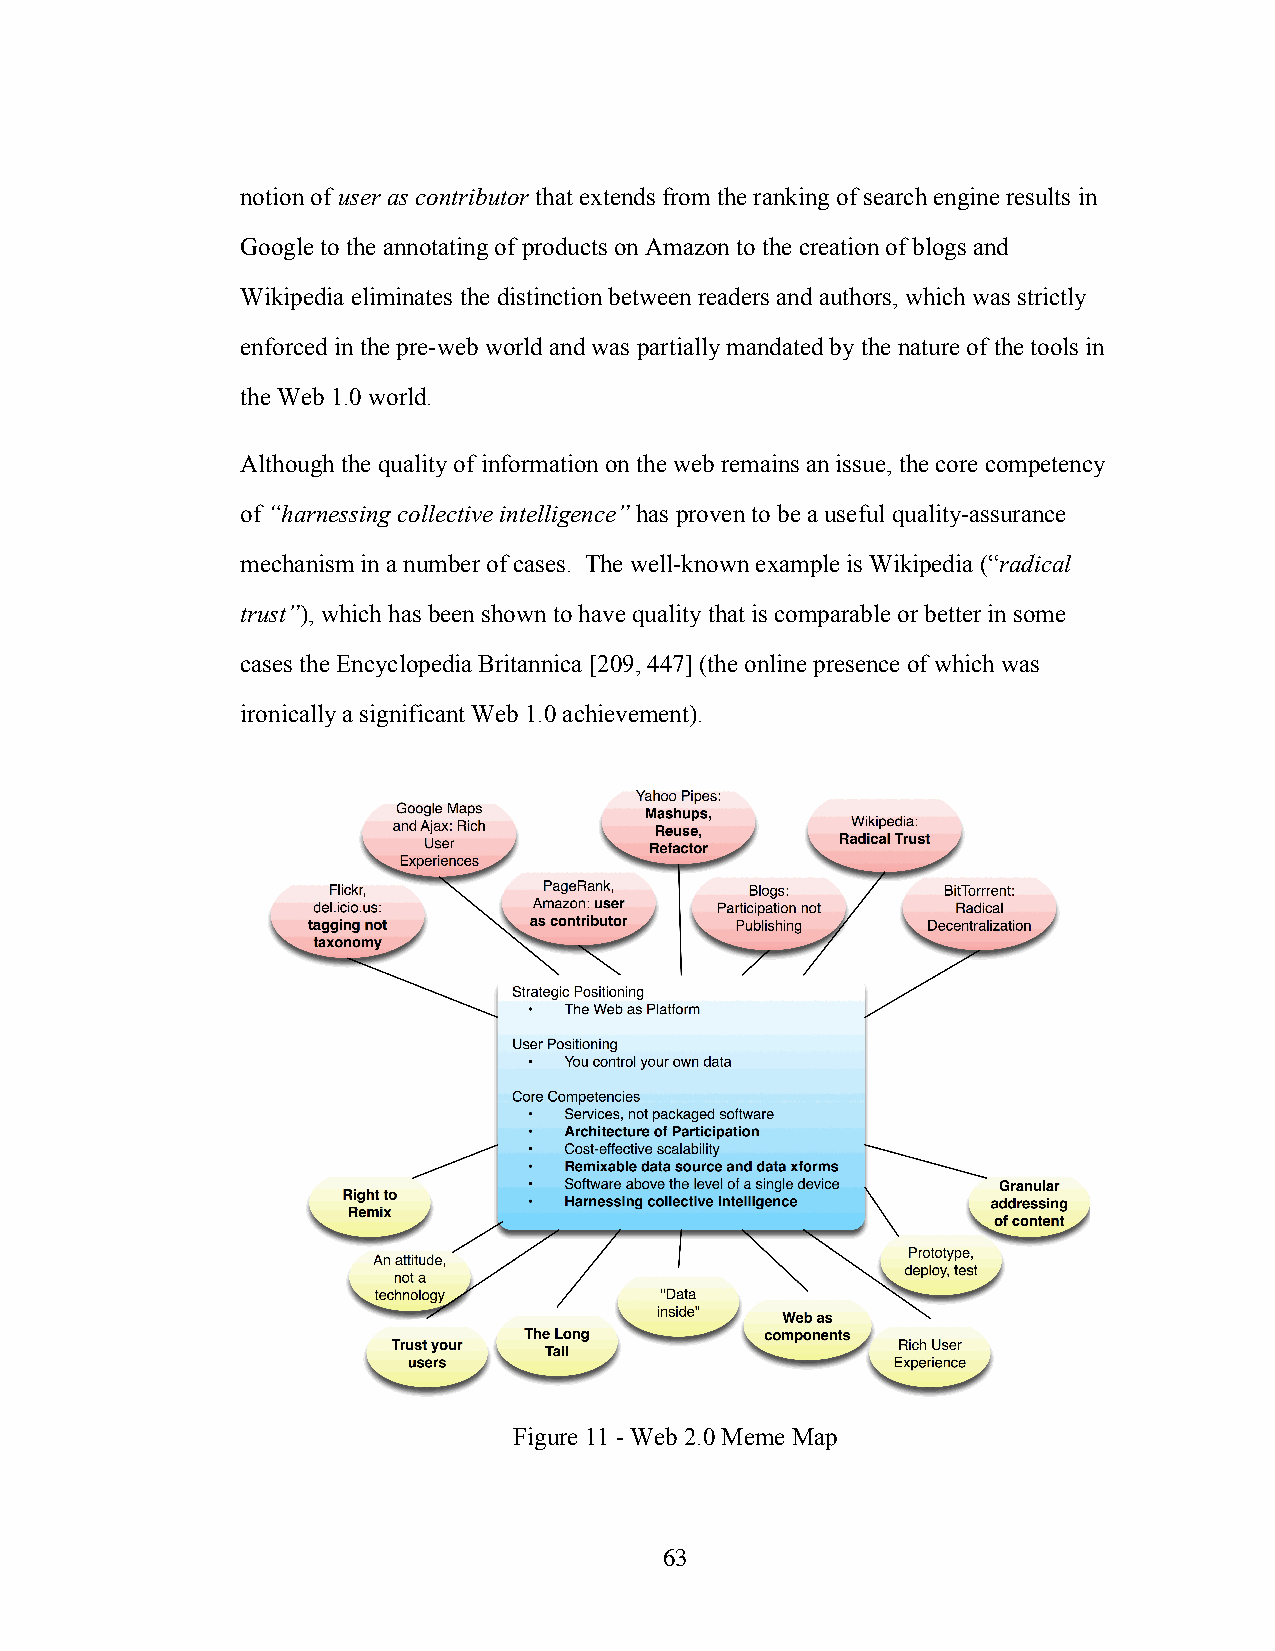
notion of user as contributor that extends from the ranking of search engine results in
 Google to the annotating of products on Amazon to the creation of blogs and
 Wikipedia eliminates the distinction between readers and authors, which was strictly
 enforced in the pre-web world and was partially mandated by the nature of the tools in
 the Web 1.0 world.
 Although the quality of information on the web remains an issue, the core competency
 of “harnessing collective intelligence” has proven to be a useful quality-assurance
 mechanism in a number of cases. The well-known example is Wikipedia (“radical
 trust”), which has been shown to have quality that is comparable or better in some
 cases the Encyclopedia Britannica [209, 447] (the online presence of which was
 ironically a significant Web 1.0 achievement).
 Figure 11 - Web 2.0 Meme Map
 63